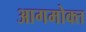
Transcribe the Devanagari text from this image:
आगमोक्त